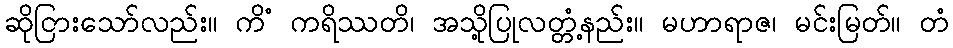
ဆိုငြားသော်လည်း။ ကိံ ကရိဿတိ၊ အသို့ပြုလတ္တံ့နည်း။ မဟာရာဇ၊ မင်းမြတ်။ တံ